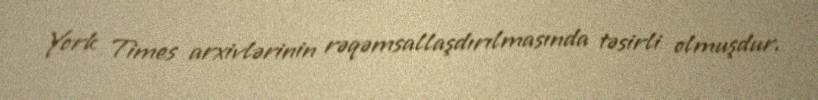
York Times arxivlərinin rəqəmsallaşdırılmasında təsirli olmuşdur.